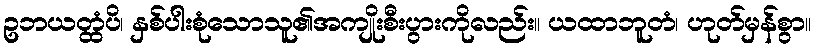
ဥဘယတ္ထံပိ၊ နှစ်ပါးစုံသောသူ၏အကျိုးစီးပွားကိုလည်း။ ယထာဘူတံ၊ ဟုတ်မှန်စွာ။